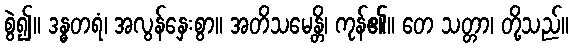
စွဲ၍။ ဒန္ဓတရံ၊ အလွန်နှေးစွာ။ အတိသမေန္တိ၊ ကုန်၏။ တေ သတ္တာ၊ တို့သည်။